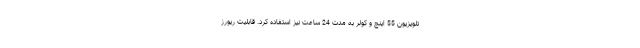
تلویزیون 55 اینچ و کولر به مدت 24 ساعت نیز استفاده کرد. قابلیت ریورز